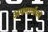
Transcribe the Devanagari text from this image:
अपमार्जकों